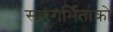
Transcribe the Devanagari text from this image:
सारगर्भिताको